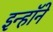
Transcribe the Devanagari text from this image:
इन्हॉने